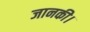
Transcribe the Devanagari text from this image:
जानकी।